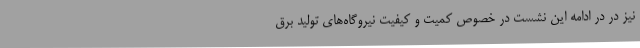
نیز در در ادامه این نشست در خصوص کمیت و کیفیت نیروگاه‌های تولید برق